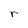
Character: r